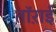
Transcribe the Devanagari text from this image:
तॉऱाई